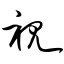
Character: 视